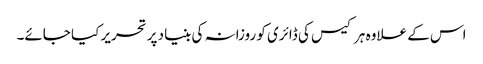
اس کے علاوہ ہر کیس کی ڈائری کو روزانہ کی بنیاد پر تحریر کیا جائے۔